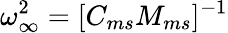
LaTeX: \omega_{\infty}^{2}=[C_{ms}M_{ms}]^{-1}